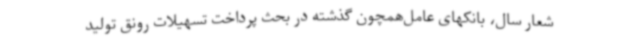
شعار سال، بانکهای عامل‌همچون گذشته در بحث پرداخت تسهیلات رونق تولید